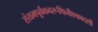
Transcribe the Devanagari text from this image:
संयमपूर्वकवरूथिनीएकादशी